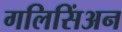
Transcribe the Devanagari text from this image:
गलिसिंअन